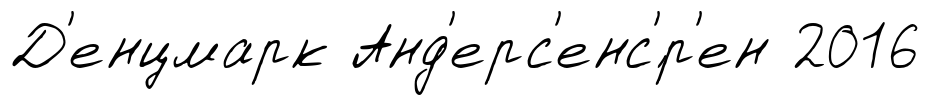
Д'енцмарк Анд'ерс'енс'́р'ен 2016